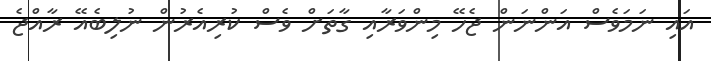
އައި ނަމަވެސް އަންނަން ޖެހޭ މިންވަރާއި ގާތަށް ވެސް ކުރިއެރުން ނުލިބެއޭ ރާއްޖެ